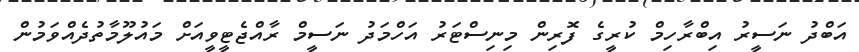
އަބްދު ނަސީރު އިބްރާހިމް ކުރީގެ ފޮރިން މިނިސްޓަރު އަހްމަދު ނަސީމް ރާއްޖެޓީވީއަށް މައުލޫމާތުދެއްވަމުން